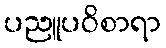
ပညူပဝိစာရာ